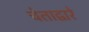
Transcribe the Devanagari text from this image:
चेताद्वारे